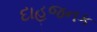
દાહજનક